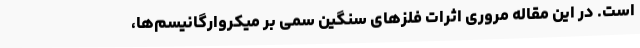
است. در این مقاله مروری اثرات فلزهای سنگین سمی بر میکروارگانیسم‌ها،